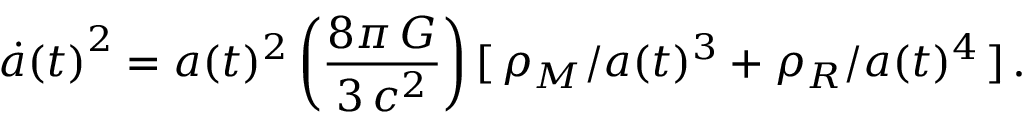
{ \dot { a } ( t ) } ^ { 2 } = a ( t ) ^ { 2 } \left( \frac { 8 \pi \, G } { 3 \, c ^ { 2 } } \right) [ \, \rho _ { M } / a ( t ) ^ { 3 } + \rho _ { R } / a ( t ) ^ { 4 } \, ] \, .